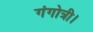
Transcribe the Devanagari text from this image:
गंगोत्री।